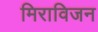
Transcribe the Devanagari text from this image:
मिराविजन